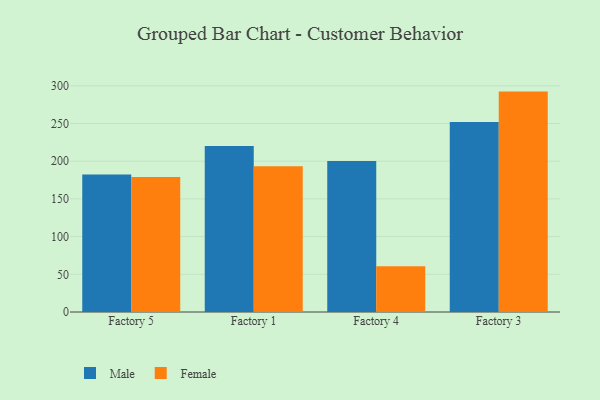
{"axis": {"x": "Factory", "y": "Population (Million)"}, "legend": ["Female", "Male"], "data": [{"x": "Factory 5", "y": 182.4, "type": "Male"}, {"x": "Factory 5", "y": 179.2, "type": "Female"}, {"x": "Factory 1", "y": 220.2, "type": "Male"}, {"x": "Factory 1", "y": 193.3, "type": "Female"}, {"x": "Factory 4", "y": 200.4, "type": "Male"}, {"x": "Factory 4", "y": 60.7, "type": "Female"}, {"x": "Factory 3", "y": 252.1, "type": "Male"}, {"x": "Factory 3", "y": 292.3, "type": "Female"}]}